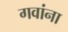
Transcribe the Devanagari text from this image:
गवांना